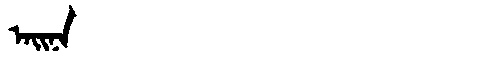
Manchu: ᠠᡳᠨᠠ
Romanization: AINA